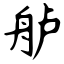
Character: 舻